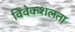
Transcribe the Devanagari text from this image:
विवेकशलता